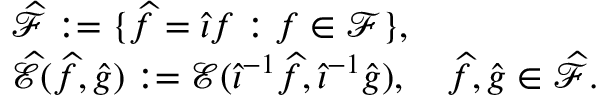
\begin{array} { r l } & { \widehat { \mathscr F } : = \{ \widehat f = \widehat \iota f : f \in { \mathscr F } \} , } \\ & { \widehat { \mathscr E } ( \widehat f , \widehat g ) : = { \mathscr E } ( \widehat { \iota } ^ { - 1 } \widehat f , \widehat { \iota } ^ { - 1 } \widehat g ) , \quad \widehat f , \widehat g \in \widehat { \mathscr F } . } \end{array}